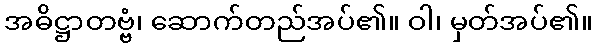
အဓိဋ္ဌာတဗ္ဗံ၊ ဆောက်တည်အပ်၏။ ဝါ၊ မှတ်အပ်၏။